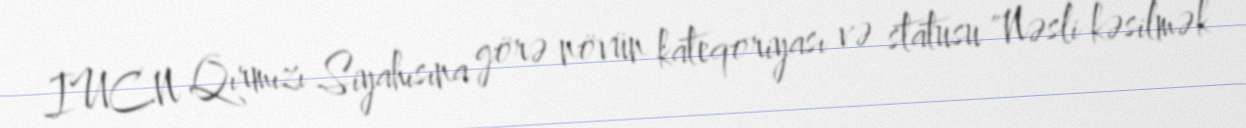
IUCN Qırmızı Siyahısına görə növün kateqoriyası və statusu "Nəsli kəsilmək